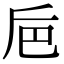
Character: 巵